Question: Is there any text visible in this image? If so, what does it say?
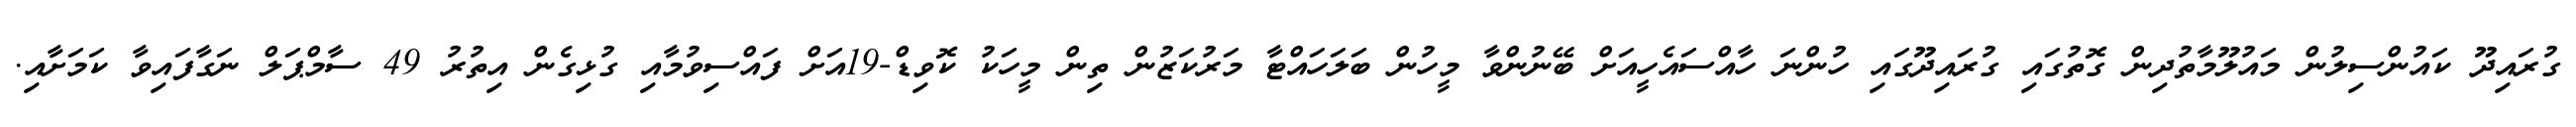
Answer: ގުރައިދޫ ކައުންސިލުން މައުލޫމާތުދިން ގޮތުގައި ގުރައިދޫގައި ހުންނަ ހާއްސައެހީއަށް ބޭނުންވާ މީހުން ބަލަހައްޓާ މަރުކަޒުން ތިން މީހަކު ކޮވިޑް-19އަށް ފައްސިވުމާއި ގުޅިގެން އިތުރު 49 ސާމްޕަލް ނަގާފައިވާ ކަމަށާއި.